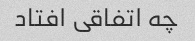
چه اتفاقی افتاد